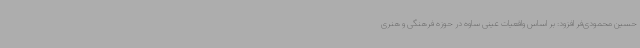
حسین محمودی‌فر افزود: بر اساس واقعیات عینی ساوه در حوزه فرهنگی و هنری